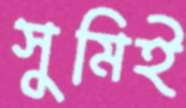
সুমিই